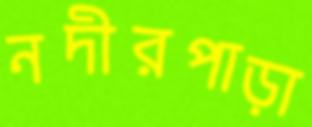
নদীরপাড়া